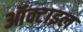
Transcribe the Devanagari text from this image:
ऑक्टाइल